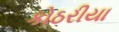
કોઠરીયા